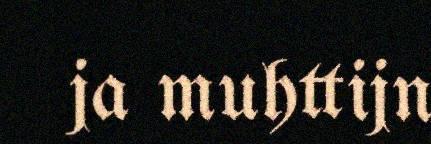
ja muhttijn